Report of the Indian Hemp Drugs Commission, 1894-1895 - Volume III
Year: 1894
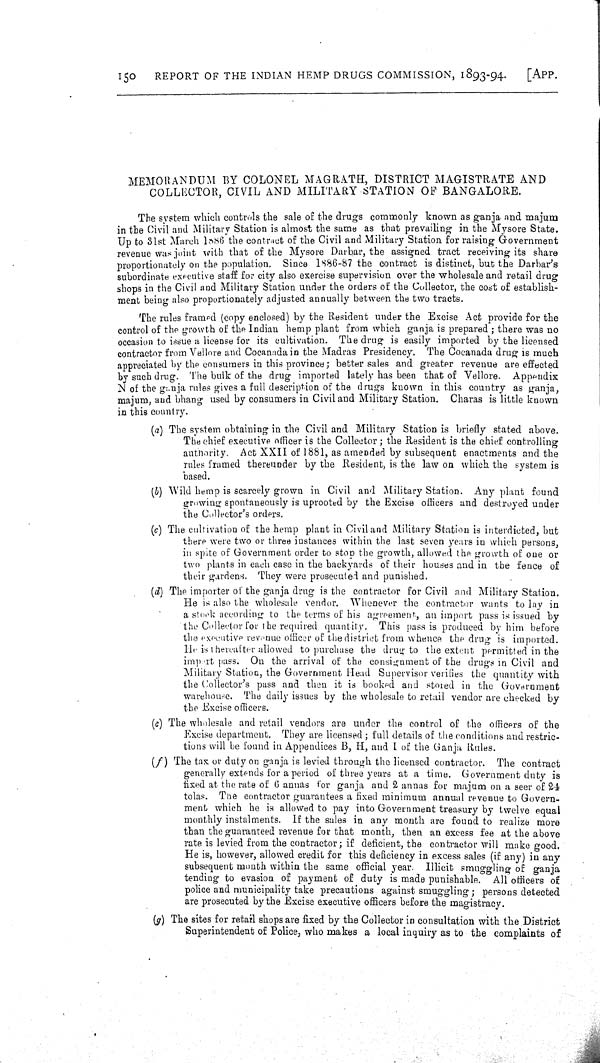
150
REPORT OF THE INDIAN HEMP DRUGS COMMISSION, 1893-94.
[APP.
MEMORANDUM BY COLONEL MAGRATH, DISTRICT MAGISTRATE AND
COLLECTOR, CIVIL AND MILITARY STATION OF BANGALORE.
The system which controls the sale of the drugs commonly known as ganja and majum
in the Civil and Military Station is almost the same as that prevailing in the Mysore State.
Up to 31st March 1886 the contract of the Civil and Military Station for raising Government
revenue was joint with that of the Mysore Darbar, the assigned tract receiving its share
proportionately on the population. Since 1886-87 the contract is distinct, but the Darbar's
subordinate executive staff for city also exercise supervision over the wholesale and retail drug
shops in the Civil and Military Station under the orders of the Collector, the cost of establish-
ment being also proportionately adjusted annually between the two tracts.
The rules framed (copy enclosed) by the Resident under the Excise Act provide for the
control of the growth of the Indian hemp plant from which ganja is prepared; there was no
occasion to issue a license for its cultivation. The drug is easily imported by the licensed
contractor from Vellore and Cocanada in the Madras Presidency. The Cocanada drug is much
appreciated by the consumers in this province; better sales and greater revenue are effected
by such drug. The bulk of the drug imported lately has been that of Vellore. Appendix
N of the ganja rules gives a full description of the drugs known in this country as ganja,
majum, and bhang used by consumers in Civil and Military Station. Charas is little known
in this country.
(a) The system obtaining in the Civil and Military Station is briefly stated above.
The chief executive officer is the Collector; the Resident is the chief controlling
authority. Act XXII of 1881, as amended by subsequent enactments and the
rules framed thereunder by the Resident, is the law on which the system is
based.
(b) Wild hemp is scarcely grown in Civil and Military Station. Any plant found
growing spontaneously is uprooted by the Excise officers and destroyed under
the Collector's orders.
(c) The cultivation of the hemp plant in Civil and Military Station is interdicted, but
there were two or three instances within the last seven years in which persons,
in spite of Government order to stop the growth, allowed the growth of one or
two plants in each case in the backyards of their houses and in the fence of
their gardens. They were prosecuted and punished.
(d) The importer of the ganja drug is the contractor for Civil and Military Station.
He is also the wholesale vendor. Whenever the contractor wants to lay in
a stock according to the terms of his agreement, an import pass is issued by
the Collector for the required quantity. This pass is produced by him before
the executive revenue officer of the district from whence the drug is imported.
He is thereafter allowed to purchase the drug to the extent permitted in the
import pass. On the arrival of the consignment of the drugs in Civil and
Military Station, the Government Head Supervisor verifies the quantity with
the Collector's pass and then it is booked and stored in the Government
warehouse. The daily issues by the wholesale to retail vendor are checked by
the Excise officers.
(e) The wholesale and retail vendors are under the control of the officers of the
Excise department. They are licensed; full details of the conditions and restric-
tions will be found in Appendices B, H, and I of the Ganja Rules.
(f) The tax or duty on ganja is levied through the licensed contractor. The contract
generally extends for a period of three years at a time. Government duty is
fixed at the rate of 6 annas for ganja and 2 annas for majum on a seer of 24
tolas. The contractor guarantees a fixed minimum annual revenue to Govern-
ment which he is allowed to pay into Government treasury by twelve equal
monthly instalments. If the sales in any month are found to realize more
than the guaranteed revenue for that month, then an excess fee at the above
rate is levied from the contractor; if deficient, the contractor will make good.
He is, however, allowed credit for this deficiency in excess sales (if any) in any
subsequent month within the same official year. Illicit smuggling of ganja
tending to evasion of payment of duty is made punishable. All officers of
police and municipality take precautions against smuggling; persons detected
are prosecuted by the Excise executive officers before the magistracy.
(g) The sites for retail shops are fixed by the Collector in consultation with the District
Superintendent of Police, who makes a local inquiry as to the complaints of